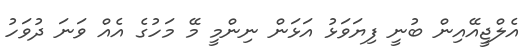
އެލްޖީއޭއިން ބުނީ ފިޔަވަޅު އަޅަން ނިންމީ މޭ މަހުގެ އެއް ވަނަ ދުވަހު